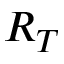
R _ { T }